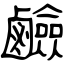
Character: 鹼